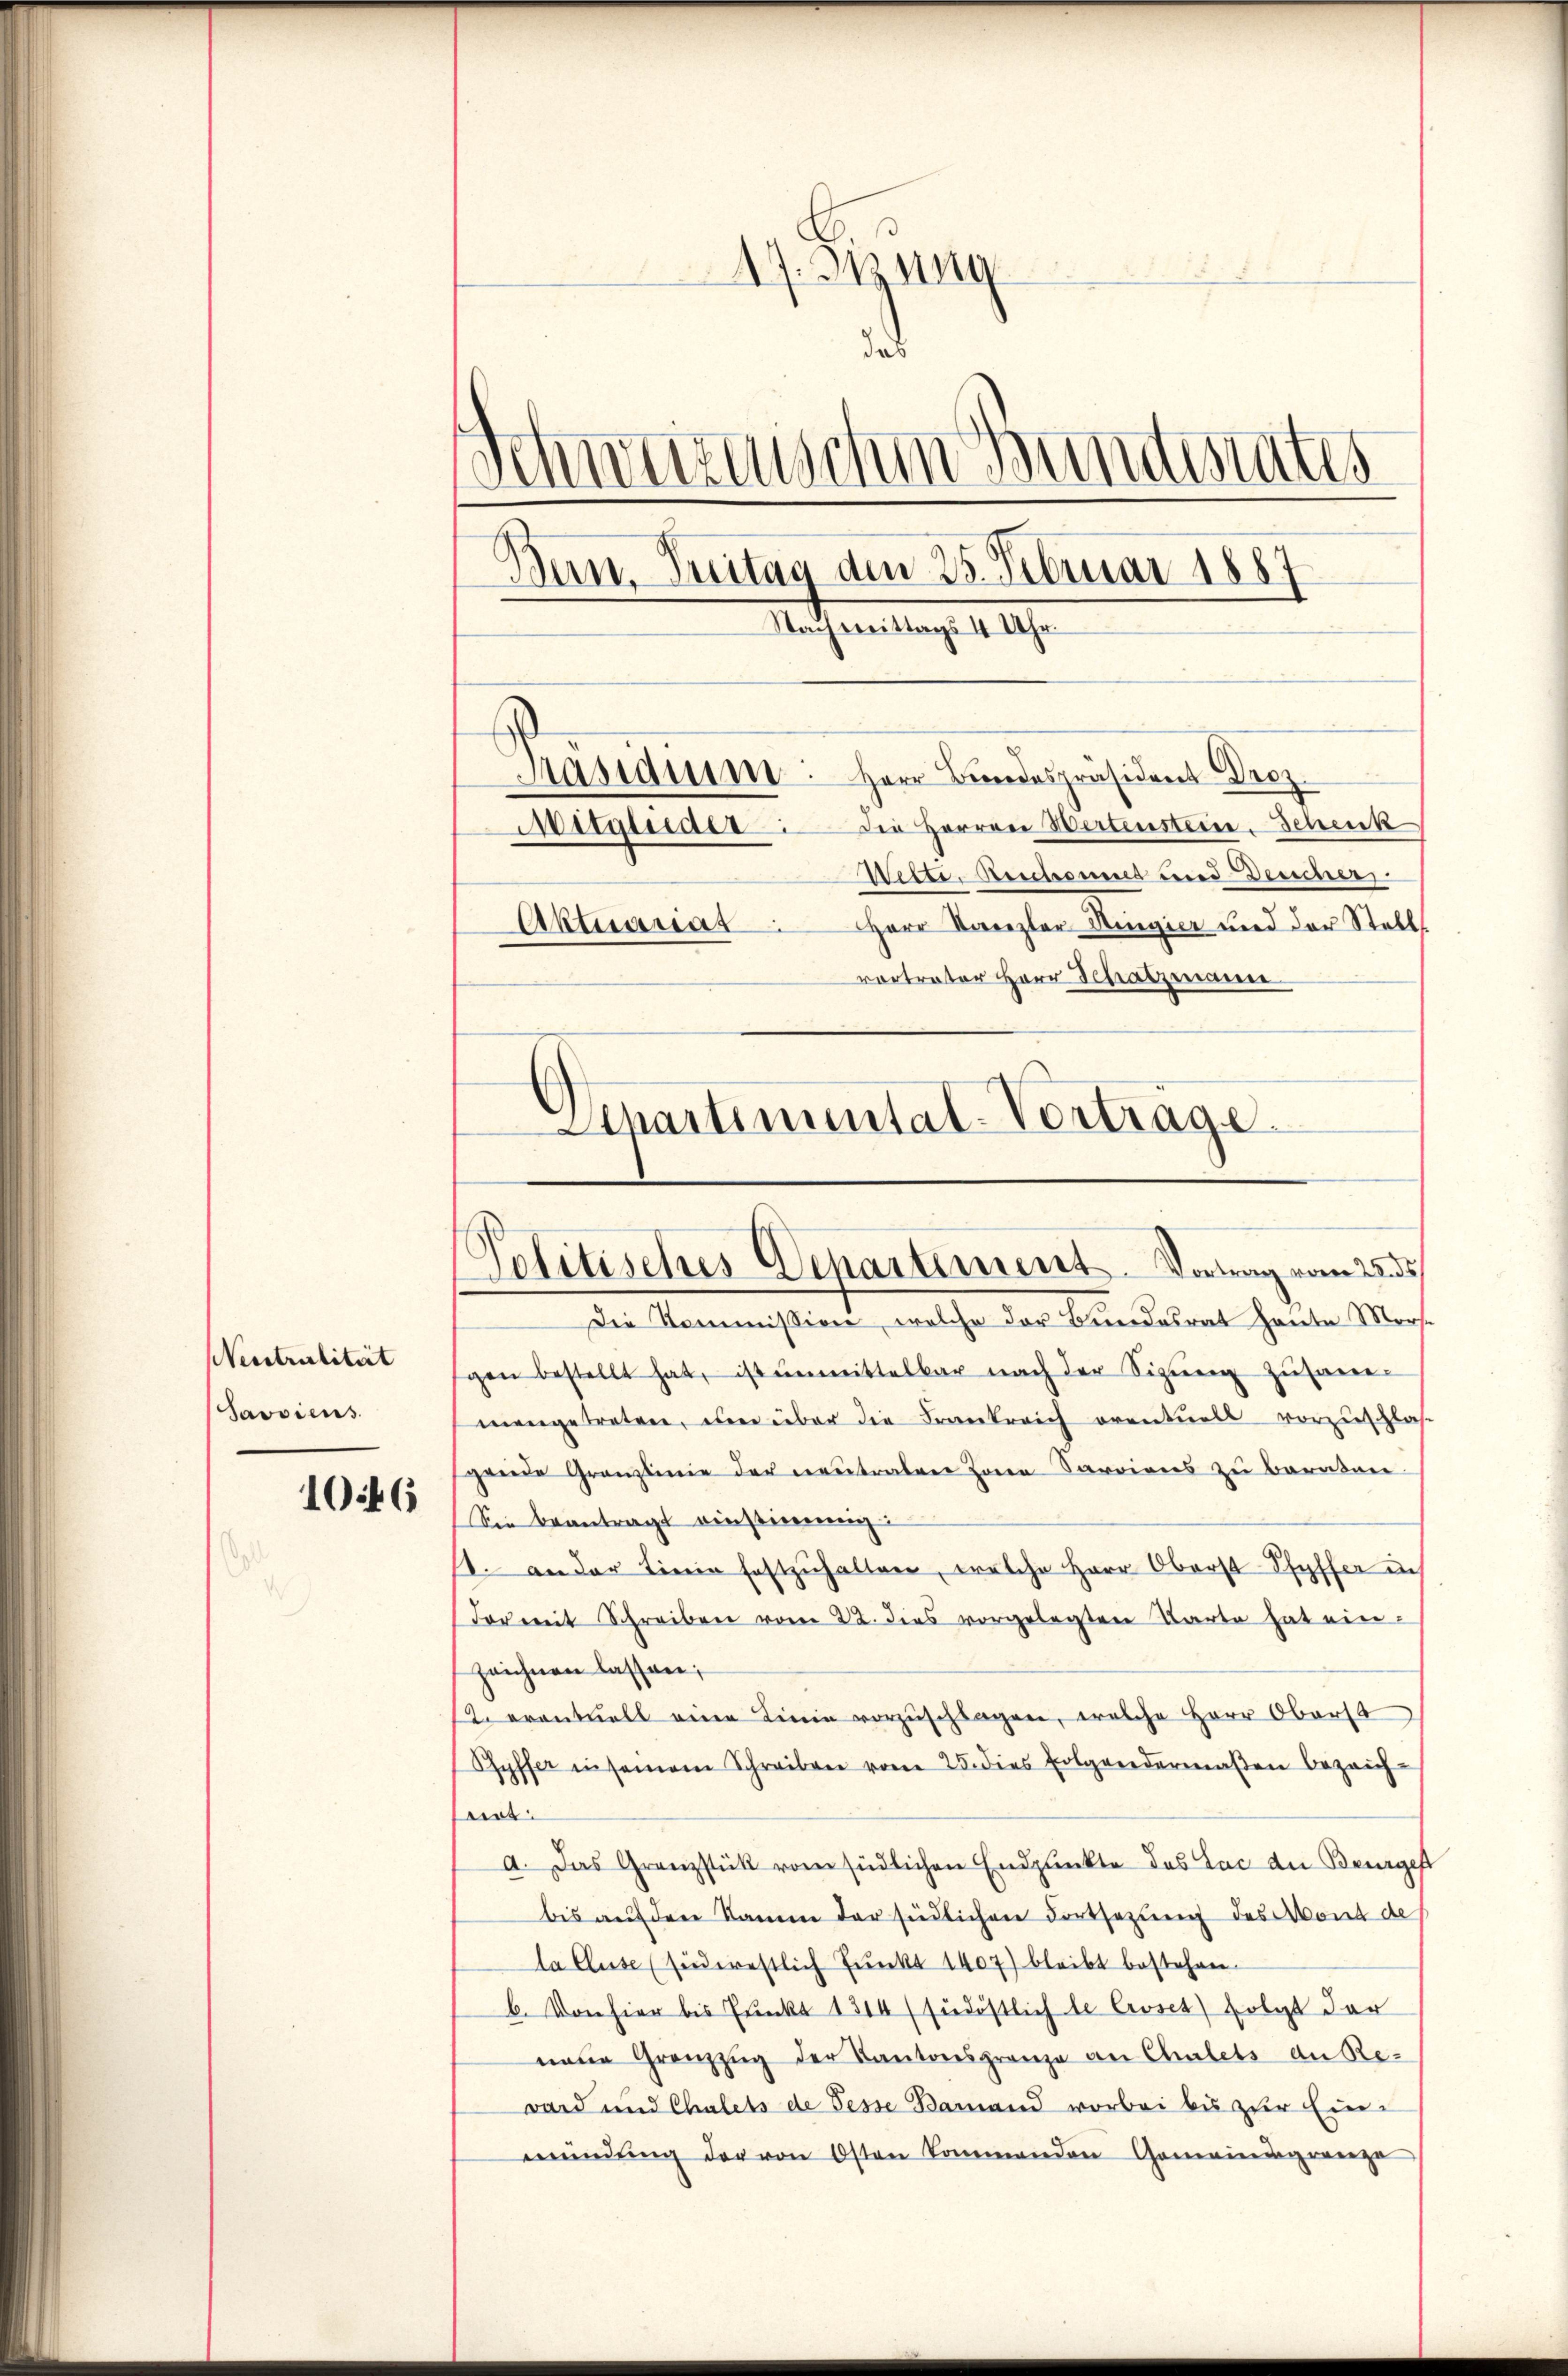
Neistralität
Savviens.

1046

17. Jung
d
Die Herren Wertenstein. Schenk
Mitglieder:
Sitte, Beschenes und Deucher
Herr Kanzler Ringier und der Stell
Aktuanat
rertreter Herr Schatzmann.
Aepartimental-Vorträge.

Schweizerischen Bantestates
Bern, Treitag den 25. Februar 1885
Anthermeistung 1 1/
Masiduum. Herr Bundespräsident Droz.

Politisches Departement. Vortrag vom 28.

Die Kommission, welche der Bundesrat heute Morse
gen bestellt hat, ist unmittelbar nach der Sigŭng zusame-
mangetreten, um über die Frankreich eventuell vorzuschlas
gende Gränzlinie der neutralen Zonen Sarrions zu Barakan
Sie beantragt einstimmig.
1. an der Linie festzŭhalten, welche Herr Oberst Pfyffer in
dormit Schreiben vom 22. dies vorgelegten Karto hat einzeichnen lassen;
12. erantuell eine Linie vorzŭschlagen, welche Herr Oberst
Ryffer in seinem Schreiben vom 25. dies folgendermaßen bezeich-
ert:
a. Das Granzstück vom südlichen Endpunkte des Lac der Beurgest
bis aŭf der Kamm der südlichen Fortsezung des Mond de
la Cluse (suederestlich Punkt 1407) bleibt bestehen.
b. Von hier bis Prunckt 1314 (suedöstlich de Civset) folgt der
neue Grenzzug der Kantonsgrenze an Chalets an Reward und Chalets de Fesse Damand vorbei bis zur Einmündŭng der von Osten kommenden Gemeindsgrenze